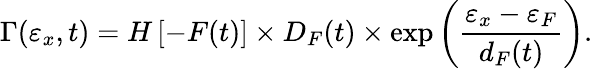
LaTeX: \Gamma(\varepsilon_{x},t)=H\left[-F(t)\right]\times D_{F}(t)\times\exp\left(\frac{\varepsilon_{x}-\varepsilon_{F}}{d_{F}(t)}\right).